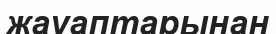
жауаптарынан